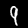
Label: 9